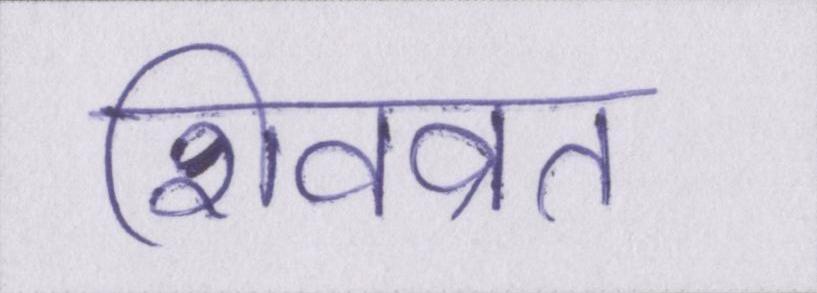
शिवव्रत